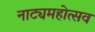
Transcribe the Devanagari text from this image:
नाट्यमहोत्सव